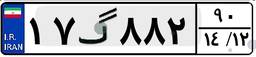
۱۷گ۸۸۲۹۰